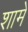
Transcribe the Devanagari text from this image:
शामे